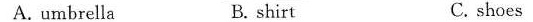
A.umbrella B. shirt C. shoes